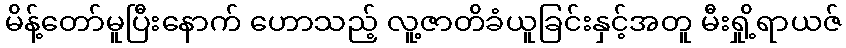
မိန့်တော်မူပြီးနောက် ဟောသည့် လူ့ဇာတိခံယူခြင်းနှင့်အတူ မီးရှို့ရာယဇ်